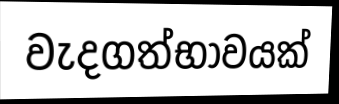
වැදගත්භාවයක්